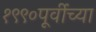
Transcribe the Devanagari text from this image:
१९९०पूर्वीच्या